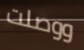
ووصلت